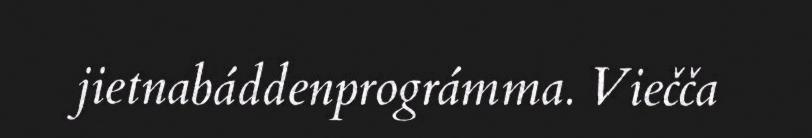
jietnabáddenprográmma. Viečča